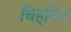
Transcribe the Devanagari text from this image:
चिह्‌नित